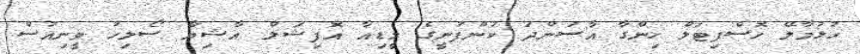
ހުޅުމާލޭ ހޮސްޕިޓަލް ހިންގާ އާސަންދަ ކުންފުނީގެ މީޑިއާ އޮފިޝަލް އާޝިޔާ ސޯލިހު ވީނިއުސް